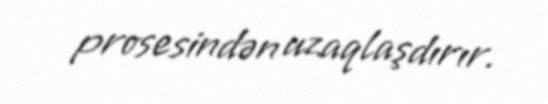
prosesindən uzaqlaşdırır.